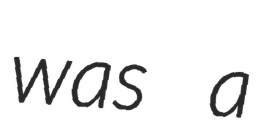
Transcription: was a